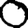
Digit: 0